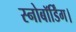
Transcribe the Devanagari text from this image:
स्नोबॉर्डिंग।